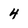
Character: 4